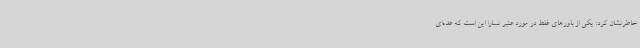
خاطرنشان کرد: یکی از باورهای غلط در مورد عنبر نسارا این است که عده‌ای